Medical and sanitary report of the native army of Bengal for the year
Year: 1875
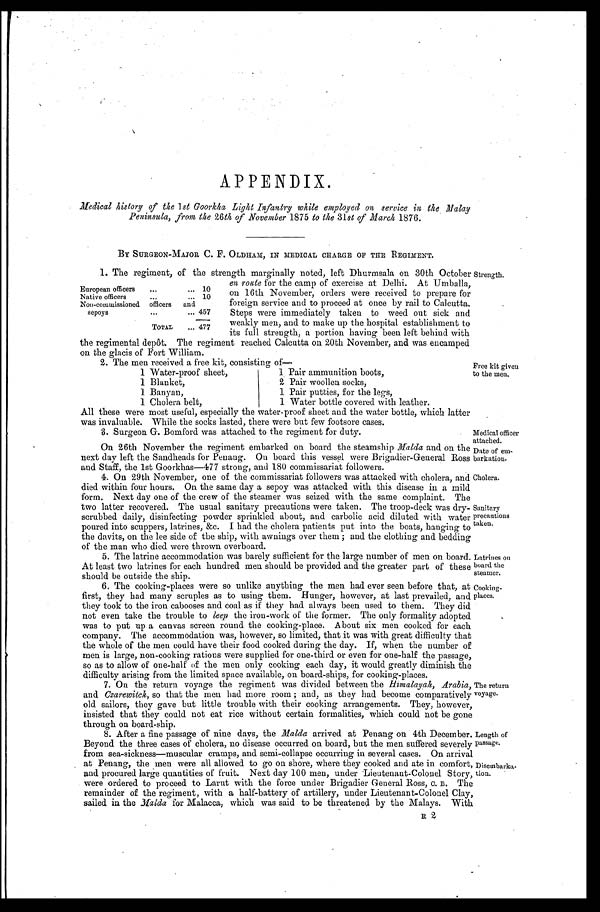
Date of em
-barkation.
Cholera.
Latrines on
board the
steamer.
Cooking-
places.
Length of
passage.
Disembarka
-tion.
APPENDIX.
Medical history of the 1st Goorkha Light Infantry while employed on service in the Malay
Peninsula, from the 26th of November 1875 to the 31st of March 1876.
BY SURGEON-MAJOR C. F. OLDHAM, IN MEDICAL CHARGE OF THE REGIMENT.
1. The regiment, of the strength marginally noted, left Dhurmsala on 30th October
en route for the camp of exercise at Delhi. At Umballa,
on 16th November, orders were received to prepare for
foreign service and to proceed at once by rail to Calcutta.
Steps were immediately taken to weed out sick and
weakly men, and to make up the hospital establishment to
its full strength, a portion having been left behind with
the regimental depôt. The regiment reached Calcutta on 20th November, and was encamped
on the glacis of Fort William
.
2. The men received a free kit. consisting of—
1 Water-proof sheet,
1 Pair ammunition boots,
1 Blanket,
2 Pair woollen socks,
1 Banyan,
1 Pair putties, for the legs,
1 Cholera belt,
1 Water bottle covered with leather.
European officers
10
Native officers
10
Non-commissioned officers and
sepoys
457
TOTAL
477
Strength.
Free kit given
to the men.
All these were most useful, especially the water-proof sheet and the water bottle, which latter
was invaluable. While the socks lasted, there were but few footsore cases.
Surgeon G. Bomford was attached to the regiment for duty.
On 26th November the regiment embarked on board the steamship Malda and on the
next day left the Sandheads for Penang. On board this vessel were Brigadier-General Ross
and Staff, the 1st Goorkhas—477 strong, and 180 commissariat followers.
4. On 29th November, one of the commissariat followers was attacked with cholera, and
died within four hours. On the same day a sepoy was attacked with this disease in a mild
form. Next day one of the crew of the steamer was seized with the same complaint. The
two latter recovered. The usual sanitary precautions were taken. The troop-deck was dry-
scrubbed daily, disinfecting powder sprinkled about, and carbolic acid diluted with water
poured into scuppers, latrines, &c. I had the cholera patients put into the boats, hanging to
the davits, on the lee side of the ship, with awnings over them; and the clothing and bedding
of the man who died were thrown overboard.
5. The latrine accommodation was barely sufficient for the large number of men on board.
At least two latrines for each hundred men should be provided and the greater part of these
should be outside the ship.
6. The cooking-places were so unlike anything the men had ever seen before that, at
first, they had many scruples as to using them. Hunger, however, at. last prevailed, and
they took to the iron cabooses and coal as if they had always been used to them. - They did
not even take the trouble to leep the iron-work of the former. The only formality adopted
was to put up a canvas screen round the cooking-place. About six men cooked for each
company. The accommodation was, however, so limited, that it was with great difficulty that
the whole of the men could have their food cooked during the day. If, when the number of
men is large, non-cooking rations were supplied for one-third or even for one-half the passage,
so as to allow of one-half of the men only cooking each day, it would greatly diminish the
difficulty arising from the limited space available, on board-ships, for cooking-places.
7. On the return voyage the regiment was divided between the Himalayah, Arabia,
and Czarewitch, so that the men had more room; and, as they had become comparatively
old sailors, they gave but little trouble with their cooking arrangements. They, however,
insisted that they could not eat rice without certain formalities, which could not be gone
through on board-ship.
8. After a fine passage of nine days, the Malda arrived at Penang on 4th December.
Beyond the three cases of cholera, no disease occurred on board, but the men suffered severely
from sea-sickness—muscular cramps, and semi-collapse occurring in several cases. On arrival
at Penang, the men were all allowed to go on shore, where they cooked and ate in comfort,
and procured large quantities of fruit. Next day 100 men, under Lieutenant-Colonel Story;
were ordered to proceed to Larut with the force under Brigadier General Ross, C. B. The
remainder of the regiment, with a half-battery of artillery, under Lieutenant-Colonel Clay;
sailed in the Malda for Malacca, which was said to be threatened by the Malays. With Medical officer
attached.
Sanitary
precautions
taken.
The return
voyage.